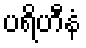
ပရိဟီနံ